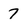
Character: 7